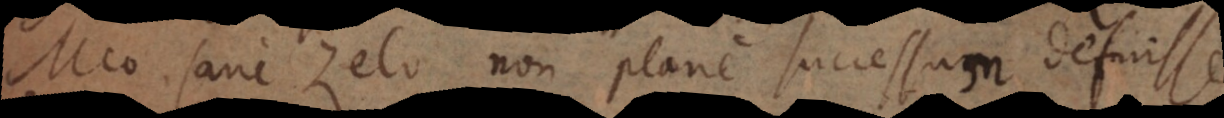
Meo sane zelo non plane successum defuisse